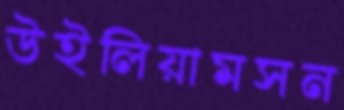
উইলিয়ামসন